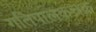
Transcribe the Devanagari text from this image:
गतिपालकचक्र